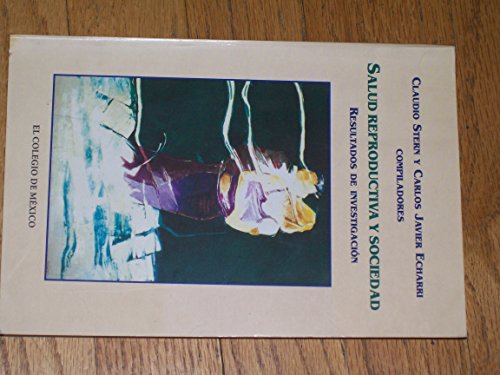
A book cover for Salud reproductiva y sociedad (Estudios Demograficos, Urbanos Y Ambientales) (Spanish Edition); Stern Claudio; Medical Books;